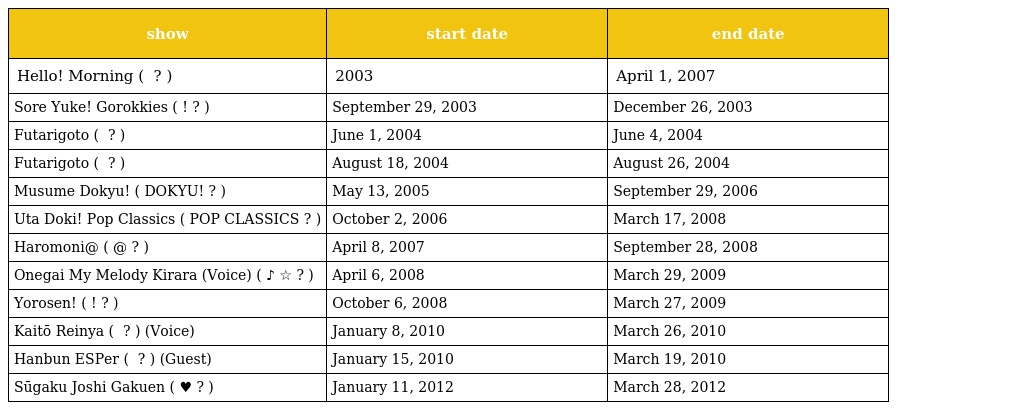
| show | start date | end date |
 | --- | --- | --- |
 | Hello! Morning ( ハロー！モーニング。 ? ) | 2003 | April 1, 2007 |
 | Sore Yuke! Gorokkies ( それゆけ!ゴロッキーズ ? ) | September 29, 2003 | December 26, 2003 |
 | Futarigoto ( 二人ゴト ? ) | June 1, 2004 | June 4, 2004 |
 | Futarigoto ( 二人ゴト ? ) | August 18, 2004 | August 26, 2004 |
 | Musume Dokyu! ( 娘DOKYU! ? ) | May 13, 2005 | September 29, 2006 |
 | Uta Doki! Pop Classics ( 歌ドキッ！POP CLASSICS ? ) | October 2, 2006 | March 17, 2008 |
 | Haromoni@ ( ハロモニ@ ? ) | April 8, 2007 | September 28, 2008 |
 | Onegai My Melody Kirara (Voice) ( おねがい♪マイメロディ きららっ☆ ? ) | April 6, 2008 | March 29, 2009 |
 | Yorosen! ( よろせん! ? ) | October 6, 2008 | March 27, 2009 |
 | Kaitō Reinya ( 怪盗レーニャ ? ) (Voice) | January 8, 2010 | March 26, 2010 |
 | Hanbun ESPer ( 半分エスパー ? ) (Guest) | January 15, 2010 | March 19, 2010 |
 | Sūgaku Joshi Gakuen ( 数学♥女子学園 ? ) | January 11, 2012 | March 28, 2012 |